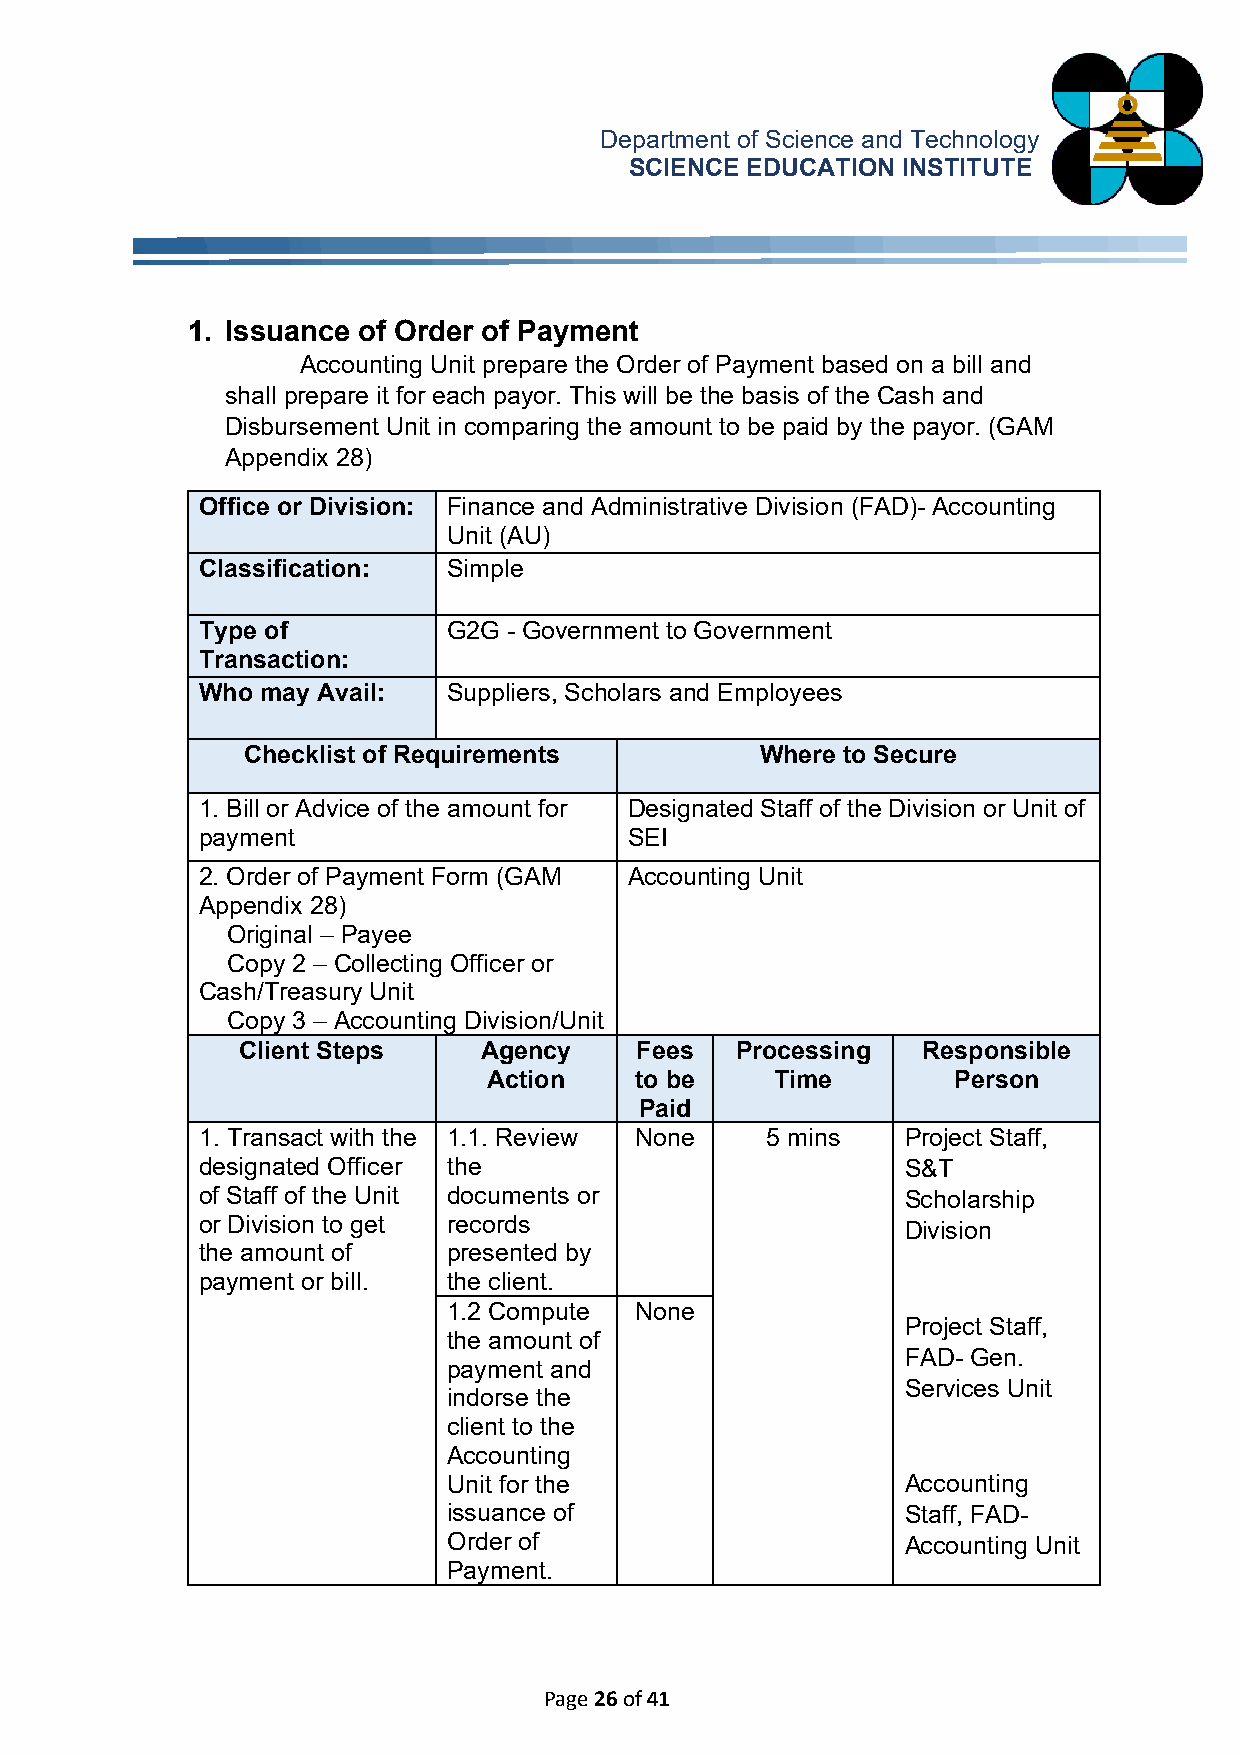
Department of Science and Technology
 SCIENCE EDUCATION INSTITUTE
 1. Issuance of Order of Payment
 Accounting Unit prepare the Order of Payment based on a bill and
 shall prepare it for each payor. This will be the basis of the Cash and
 Disbursement Unit in comparing the amount to be paid by the payor. (GAM
 Appendix 28)
 Office or Division: Finance and Administrative Division (FAD)- Accounting
 Unit (AU)
 Classification:  Simple
 Type of          G2G - Government to Government
 Transaction:
 Who may Avail:   Suppliers, Scholars and Employees
 Checklist of R equirements        Where to Secure
 1. Bill or Advice of the amount for Designated Staff of the Division or Unit of
 p ayment                     S EI
 2. Order of Payment Form (GAM Accounting Unit
 Appendix 28)
 Original – Payee
 Copy 2 – Collecting Officer or
 Cash/Treasury Unit
 Copy 3 – Accounting Division/Unit
 Client Steps    Agency    Fees   Processing  Responsible
 Action    to be    Time        Person
 Paid
 1. Transact with the 1.1. Review None 5 m ins  Project Staff,
 designated Officer the                         S&T
 of Staff of the Unit documents or              Scholarship
 or Division to get records
 Division
 the amount of    presented by
 payment or bill. the client.
 1.2 Compute None
 Project Staff,
 the amount of
 FAD- Gen.
 payment and
 Services Unit
 indorse the
 client to the
 Accounting
 Unit for the                  Accounting
 issuance of                   Staff, FAD-
 Order of                      Accounting Unit
 P ayment.
 Page 26 of 41